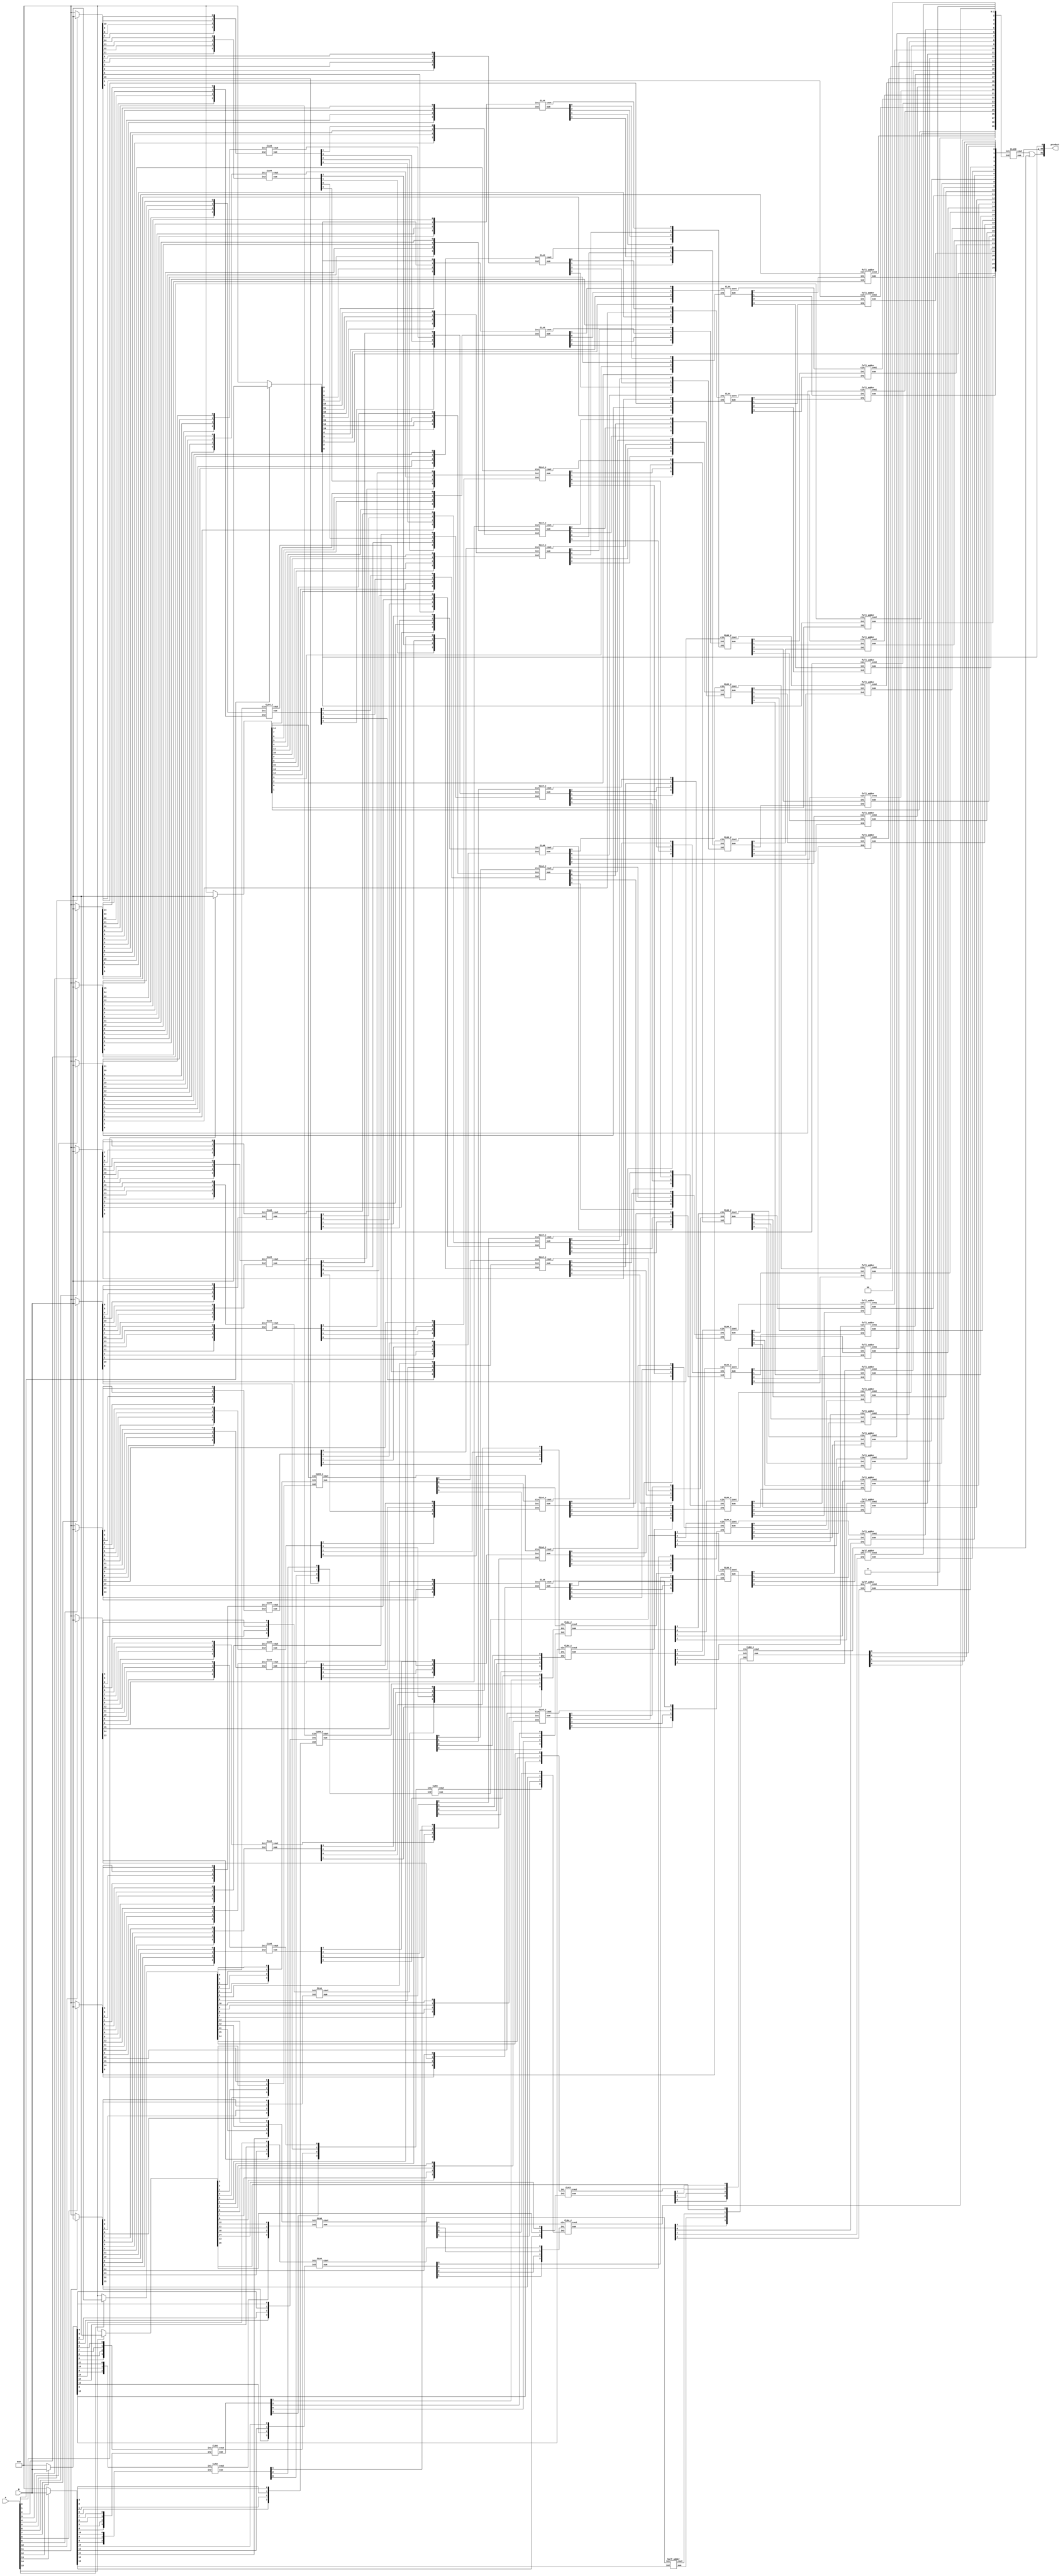
module multiplier_16bits_version1(product, A, B);

    /* This implementation is similar to 16bit dadda with CLA reduction, but
     * uses predefined CLAs
     * Area: 4654.986557
     * Power: 2.9792mW
     * Timing: 2.22
     */
 
    input [15:0] A, B;
    output [31:0] product;

    wire [15:0] pp0, pp1, pp2, pp3, pp4, pp5, pp6, pp7, pp8, pp9, pp10, pp11, pp12, pp13, pp14, pp15;

    assign pp0  = A[0]  ? B : 16'b0000000000000000;
    assign pp1  = A[1]  ? B : 16'b0000000000000000;
    assign pp2  = A[2]  ? B : 16'b0000000000000000;
    assign pp3  = A[3]  ? B : 16'b0000000000000000;
    assign pp4  = A[4]  ? B : 16'b0000000000000000;
    assign pp5  = A[5]  ? B : 16'b0000000000000000;
    assign pp6  = A[6]  ? B : 16'b0000000000000000;
    assign pp7  = A[7]  ? B : 16'b0000000000000000;
    assign pp8  = A[8]  ? B : 16'b0000000000000000;
    assign pp9  = A[9]  ? B : 16'b0000000000000000;
    assign pp10 = A[10] ? B : 16'b0000000000000000;
    assign pp11 = A[11] ? B : 16'b0000000000000000;
    assign pp12 = A[12] ? B : 16'b0000000000000000;
    assign pp13 = A[13] ? B : 16'b0000000000000000;
    assign pp14 = A[14] ? B : 16'b0000000000000000;
    assign pp15 = A[15] ? B : 16'b0000000000000000;

    assign product[0] = pp0[0];

    /* CLA 1 */
    wire [3:0] s1, in1_1, in1_2;
    wire c1;
    assign in1_1 = {pp2[12], pp2[13], pp2[14], pp2[15]};
    assign in1_2 = {pp3[11], pp3[12], pp3[13], pp3[14]};
    CLA4_c CLA01(s1, c1, in1_1, in1_2, pp14[0]);

    /* CLA 2 */
    wire [3:0] s2, in2_1, in2_2;
    wire c2;
    assign in2_1 = {pp4[8], pp4[9], pp4[10], pp4[11]};
    assign in2_2 = {pp5[7], pp5[8], pp5[9],  pp5[10]};
    CLA4 CLA02(s2, c2, in2_1, in2_2);

    wire [3:0] s3, in3_1, in3_2;
    wire c3;
    assign in3_1 = {pp4[12], pp4[13], pp4[14], pp4[15]};
    assign in3_2 = {pp5[11], pp5[12], pp5[13], pp5[14]};
    CLA4 CLA03(s3, c3, in3_1, in3_2);

    wire [3:0] s4, in4_1, in4_2;
    wire c4;
    assign in4_1 = {pp6[4], pp6[5], pp6[6], pp6[7]};
    assign in4_2 = {pp7[3], pp7[4], pp7[5], pp7[6]};
    CLA4 CLA04(s4, c4, in4_1, in4_2);

    wire [3:0] s5, in5_1, in5_2;
    wire c5;
    assign in5_1 = {pp6[8], pp6[9], pp6[10], pp6[11]};
    assign in5_2 = {pp7[7], pp7[8], pp7[9],  pp7[10]};
    CLA4 CLA05(s5, c5, in5_1, in5_2);

    wire [3:0] s6, in6_1, in6_2;
    wire c6;
    assign in6_1 = {pp6[12], pp6[13], pp6[14], pp6[15]};
    assign in6_2 = {pp7[11], pp7[12], pp7[13], pp7[14]};
    CLA4 CLA06(s6, c6, in6_1, in6_2);

    wire [3:0] s7, in7_1, in7_2;
    wire c7;
    assign in7_1 = {pp8[1], pp8[2], pp8[3], pp8[4]};
    assign in7_2 = {pp9[0], pp9[1], pp9[2], pp9[3]};
    CLA4 CLA07(s7, c7, in7_1, in7_2);

    wire [3:0] s8, in8_1, in8_2;
    wire c8;
    assign in8_1 = {pp8[5], pp8[6], pp8[7], pp8[8]};
    assign in8_2 = {pp9[4], pp9[5], pp9[6], pp9[7]};
    CLA4 CLA08(s8, c8, in8_1, in8_2);

    wire [3:0] s9, in9_1, in9_2;
    wire c9;
    assign in9_1 = {pp8[9], pp8[10], pp8[11], pp8[12]};
    assign in9_2 = {pp9[8], pp9[9],  pp9[10], pp9[11]};
    CLA4 CLA09(s9, c9, in9_1, in9_2);

    wire [3:0] sA, inA_1, inA_2;
    wire cA;
    assign inA_1 = {pp10[1], pp10[2], pp10[3], pp10[4]};
    assign inA_2 = {pp11[0], pp11[1], pp11[2], pp11[3]};
    CLA4 CLA0A(sA, cA, inA_1, inA_2);

    wire [3:0] sB, inB_1, inB_2;
    wire cB;
    assign inB_1 = {pp10[5], pp10[6], pp10[7], pp10[8]};
    assign inB_2 = {pp11[4], pp11[5], pp11[6], pp11[7]};
    CLA4 CLA0B(sB, cB, inB_1, inB_2);

    wire [3:0] sC, inC_1, inC_2;
    wire cC;
    assign inC_1 = {pp10[9], pp10[10], pp10[11], pp10[12]};
    assign inC_2 = {pp11[8], pp11[9],  pp11[10], pp11[11]};
    CLA4 CLA0C(sC, cC, inC_1, inC_2);


    wire [3:0] sD, inD_1, inD_2;
    wire cD;
    assign inD_1 = {pp12[1], pp12[2], pp12[3], pp12[4]};
    assign inD_2 = {pp13[0], pp13[1], pp13[2], pp13[3]};
    CLA4_c CLA0D(sD, cD, inD_1, inD_2, pp3[10]);

    wire [3:0] sE, inE_1, inE_2;
    wire cE;
    assign inE_1 = {pp12[5], pp12[6], pp12[7], pp12[8]};
    assign inE_2 = {pp13[4], pp13[5], pp13[6], pp13[7]};
    CLA4 CLA0E(sE, cE, inE_1, inE_2);

    wire [2:0] sF, inF_1, inF_2;
    wire cF;
    assign inF_1 = {pp12[9], pp12[10], pp12[11]};
    assign inF_2 = {pp13[8], pp13[9],  pp13[10]};
    CLA3 CLA0F(sF, cF, inF_1, inF_2);

    wire [3:0] sG, inG_1, inG_2;
    wire cG;
    assign inG_1 = {pp14[1], pp14[2], pp14[3], pp14[4]};
    assign inG_2 = {pp15[0], pp15[1], pp15[2], pp15[3]};
    CLA4_c CLA0G(sG, cG, inG_1, inG_2, pp1[14]);


    /* 2nd Stage */

    wire [3:0] sH, inH_1, inH_2;
    wire cH;
    assign inH_1 = {pp0[5], pp0[6], pp0[7], pp0[8]};
    assign inH_2 = {pp1[4], pp1[5], pp1[6], pp1[7]};
    CLA4 CLA0H(sH, cH, inH_1, inH_2);

    wire [3:0] sI, inI_1, inI_2;
    wire cI;
    assign inI_1 = {pp0[9], pp0[10], pp0[11], pp0[12]};
    assign inI_2 = {pp1[8], pp1[9],  pp1[10], pp1[11]};
    CLA4_c CLA0I(sI, cI, inI_1, inI_2, s7[0]);

    wire [3:0] sJ, inJ_1, inJ_2;
    wire cJ;
    assign inJ_1 = {pp0[13], pp0[14], pp0[15], pp1[15]};
    assign inJ_2 = {pp1[12], pp1[13], s1[1],   s1[2]};
    CLA4_c CLA0J(sJ, cJ, inJ_1, inJ_2, sD[0]);
 
    wire [3:0] sK, inK_1, inK_2;
    wire cK;
    assign inK_1 = {s1[3], c1,    pp14[5], pp14[6]};
    assign inK_2 = {s3[1], s3[2], pp15[4], pp15[5]};
    CLA4_c CLA0K(sK, cK, inK_1, inK_2, sG[2]);

    wire [3:0] sL, inL_1, inL_2;
    wire cL;
    assign inL_1 = {pp14[7], pp14[8], pp14[9], pp14[10]};
    assign inL_2 = {pp15[6], pp15[7], pp15[8], pp15[9]};
    CLA4_c CLA0L(sL, cL, inL_1, inL_2, pp8[13]);


    wire [3:0] sM, inM_1, inM_2;
    wire cM;
    assign inM_1 = {pp2[4], pp2[5], pp2[6], pp2[7]};
    assign inM_2 = {pp3[3], pp3[4], pp3[5], pp3[6]};
    CLA4 CLA0M(sM, cM, inM_1, inM_2);

    wire [3:0] sN, inN_1, inN_2;
    wire cN;
    assign inN_1 = {pp2[8], pp2[9], pp2[10], pp2[11]};
    assign inN_2 = {pp3[7], pp3[8], pp3[9],  s2[1]};
    CLA4_c CLA0N(sN, cN, inN_1, inN_2, pp10[0]);

    wire [3:0] sO, inO_1, inO_2;
    wire cO;
    assign inO_1 = {s1[0], s2[3], c2,    s5[3]};
    assign inO_2 = {s2[2], s5[1], s3[0], c8};
    CLA4_c CLA0O(sO, cO, inO_1, inO_2, sD[1]);

    wire [3:0] sP, inP_1, inP_2;
    wire cP;
    assign inP_1 = {c5,    s3[3], c3,    s6[3]};
    assign inP_2 = {s6[0], s6[1], s6[2], pp9[12]};
    CLA4_c CLA0P(sP, cP, inP_1, inP_2, pp3[15]);


    wire [3:0] sQ, inQ_1, inQ_2;
    wire cQ;
    assign inQ_1 = {pp9[13], pp9[14], pp9[15],  pp10[15]};
    assign inQ_2 = {pp8[14], pp8[15], pp10[14], pp11[14]};
    CLA4 CLA0Q(sQ, cQ, inQ_1, inQ_2);

    wire [3:0] sR, inR_1, inR_2;
    wire cR;
    assign inR_1 = {pp4[3], pp4[4], pp4[5], pp4[6]};
    assign inR_2 = {pp5[2], pp5[3], pp5[4], pp5[5]};
    CLA4 CLA0R(sR, cR, inR_1, inR_2);

    wire [3:0] sS, inS_1, inS_2;
    wire cS;
    assign inS_1 = {pp4[7], s2[0], s4[3], c4};
    assign inS_2 = {pp5[6], s4[2], c7,    s5[0]};
    CLA4_c CLA0S(sS, cS, inS_1, inS_2, sA[0]);

    wire [3:0] sT, inT_1, inT_2;
    wire cT;
    assign inT_1 = {s8[2], s5[2], s9[0], s9[1]};
    assign inT_2 = {cA,    s8[3], sB[2], sB[3]};
    CLA4_c CLA0T(sT, cT, inT_1, inT_2, sG[0]);

    wire [3:0] sU, inU_1, inU_2;
    wire cU;
    assign inU_1 = {s9[2], s9[3], c9, sC[3]};
    assign inU_2 = {cB, sC[1], sC[2], sF[1]};
    CLA4_c CLA0U(sU, cU, inU_1, inU_2, cG);

    wire [3:0] sV, inV_1, inV_2;
    wire cV;
    assign inV_1 = {pp10[13], pp11[13], pp12[13], pp12[14]};
    assign inV_2 = {pp11[12], pp12[12], pp13[12], pp13[13]};
    CLA4 CLA0V(sV, cV, inV_1, inV_2);


    wire [3:0] sW, inW_1, inW_2;
    wire cW;
    assign inW_1 = {pp6[2], pp6[3], s4[0], s4[1]};
    assign inW_2 = {pp7[1], pp7[2], s7[1], s7[2]};
    CLA4 CLA0W(sW, cW, inW_1, inW_2);


    wire [3:0] sX, inX_1, inX_2;
    wire cX;
    assign inX_1 = {s7[3], s8[0], s8[1], sB[0]};
    assign inX_2 = {sA[1], sA[2], sA[3], sD[2]};
    CLA4_c CLA0X(sX, cX, inX_1, inX_2, pp12[0]);


    wire [3:0] sY, inY_1, inY_2;
    wire cY;
    assign inY_1 = {sB[1], cD, sE[1], sC[0]};
    assign inY_2 = {sD[3], sE[0], sG[3], sE[2]};
    CLA4_c CLA0Y(sY, cY, inY_1, inY_2, sG[1]);

    wire [3:0] sZ, inZ_1, inZ_2;
    wire cZ;
    assign inZ_1 = {sE[3], cE, pp7[15], cC};
    assign inZ_2 = {pp5[15], sF[0], c6, sF[2]};
    CLA4 CLA0Z(sZ, cZ, inZ_1, inZ_2);

    wire [3:0] s11, in11_1, in11_2;
    wire c11;
    assign in11_1 = {pp13[11], pp14[11], pp14[12], pp14[13]};
    assign in11_2 = {cF,       pp15[10], pp15[11], pp15[12]};
    CLA4 CLA11(s11, c11, in11_1, in11_2);

    /* 2nd Stage */
    wire [3:0] s12, in12_1, in12_2;
    wire c12;
    assign in12_1 = {pp0[3], pp0[4], sH[0], sH[1]};
    assign in12_2 = {pp1[2], pp1[3], pp2[3], sM[0]};
    CLA4 CLA12(s12, c12, in12_1, in12_2);


    wire [3:0] s13, in13_1, in13_2;
    wire c13;
    assign in13_1 = {sH[2], sH[3], cH,    sI[1]};
    assign in13_2 = {sM[1], sM[2], sI[0], cM};
    CLA4_c CLA13(s13, c13, in13_1, in13_2, pp7[0]);

    wire [3:0] s14, in14_1, in14_2;
    wire c14;
    assign in14_1 = {sI[2], sI[3], cI,    sJ[1]};
    assign in14_2 = {sN[1], sN[2], sJ[0], cN};
    CLA4_c CLA14(s14, c14, in14_1, in14_2, sW[3]);

    wire [3:0] s15, in15_1, in15_2;
    wire c15;
    assign in15_1 = {sJ[2], sJ[3], cJ,    sK[1]};
    assign in15_2 = {sO[1], sO[2], sK[0], cO};
    CLA4_c CLA15(s15, c15, in15_1, in15_2, sX[3]);

    wire [3:0] s16, in16_1, in16_2;
    wire c16;
    assign in16_1 = {sK[2], sK[3], cK,    sL[1]};
    assign in16_2 = {sP[1], sP[2], sL[0], cP};
    CLA4_c CLA16(s16, c16, in16_1, in16_2, sY[3]);

    wire [3:0] s17, in17_1, in17_2;
    wire c17;
    assign in17_1 = {sL[2], sL[3], cL,    cQ};
    assign in17_2 = {sQ[1], sQ[2], sQ[3], sV[3]};
    CLA4_c CLA17(s17, c17, in17_1, in17_2, sZ[3]);

    wire [3:0] s18, in18_1, in18_2;
    wire c18;
    assign in18_1 = {pp2[2], pp3[2], pp4[2], sR[0]};
    assign in18_2 = {pp3[1], pp4[1], pp5[1], pp6[1]};
    CLA4 CLA18(s18, c18, in18_1, in18_2);

    wire [3:0] s19, in19_1, in19_2;
    wire c19;
    assign in19_1 = {sR[1], sM[3], sN[0], cR};
    assign in19_2 = {sW[0], sR[2], sR[3], sS[0]};
    CLA4_c CLA19(s19, c19, in19_1, in19_2, pp8[0]);

    wire [3:0] s20, in20_1, in20_2;
    wire c20;
    assign in20_1 = {sS[1], sN[3], sO[0], cS};
    assign in20_2 = {cW,    sS[2], sS[3], sT[0]};
    CLA4_c CLA20(s20, c20, in20_1, in20_2, sX[0]);

    wire [3:0] s21, in21_1, in21_2;
    wire c21;
    assign in21_1 = {sT[1], sO[3], sP[0], cT};
    assign in21_2 = {cX,    sT[2], sT[3], sU[0]};
    CLA4_c CLA21(s21, c21, in21_1, in21_2, sY[0]);


    wire [3:0] s22, in22_1, in22_2;
    wire c22;
    assign in22_1 = {sU[1], sP[3], sQ[0], cU};
    assign in22_2 = {cY,    sU[2], sU[3], sV[0]};
    CLA4_c CLA22(s22, c22, in22_1, in22_2, sZ[0]);


    wire [3:0] s23, in23_1, in23_2;
    wire c23;
    assign in23_1 = {sV[1], sV[2],  s11[2], cV};
    assign in23_2 = {cZ,    s11[1], pp11[15], s11[3]};
    CLA4_c CLA23(s23, c23, in23_1, in23_2, s11[0]);


    wire [2:0] s24, in24_1, in24_2;
    wire c24;
    assign in24_1 = {pp12[15], pp14[14], pp14[15]};
    assign in24_2 = {pp13[14], pp15[13], pp15[14]};
    CLA3 CLA24(s24, c24, in24_1, in24_2);

    half_adder HA01(s25, c25, c11, pp13[15]);

    /* 3rd Stage */
    full_adder fa01(s31, c31, pp0[2], pp1[1], pp2[0]);
    full_adder fa02(s32, c32, s12[0], pp2[1], pp3[0]);
    full_adder fa03(s33, c33, s12[1], s18[0], pp4[0]);
    full_adder fa04(s34, c34, s12[2], s18[1], pp5[0]);
    full_adder fa05(s35, c35, s12[3], s18[2], pp6[0]);
    full_adder fa06(s36, c36, s13[0], s18[3], c12);
    full_adder fa07(s37, c37, s13[1], s19[0], c18);
    full_adder fa08(s38, c38, s13[2], s19[1], sW[1]);
    full_adder fa09(s39, c39, s13[3], s19[2], sW[2]);
    full_adder fa10(s40, c40, s14[0], s19[3], c13);
    full_adder fa11(s41, c41, s14[1], s20[0], c19);
    full_adder fa12(s42, c42, s14[2], s20[1], sX[1]);
    full_adder fa13(s43, c43, s14[3], s20[2], sX[2]);
    full_adder fa14(s44, c44, s15[0], s20[3], c14);
    full_adder fa15(s45, c45, s15[1], s21[0], c20);
    full_adder fa16(s46, c46, s15[2], s21[1], sY[1]);
    full_adder fa17(s47, c47, s15[3], s21[2], sY[2]);
    full_adder fa18(s48, c48, s16[0], s21[3], c15);
    full_adder fa19(s49, c49, s16[1], s22[0], c21);
    full_adder fa20(s50, c50, s16[2], s22[1], sZ[1]);
    full_adder fa21(s51, c51, s16[3], s22[2], sZ[2]);
    full_adder fa22(s52, c52, s17[0], s22[3], c16);
    full_adder fa23(s53, c53, s17[1], s23[0], c22);
    half_adder ha02(s54, c54, s17[2], s23[1]);
    half_adder ha03(s55, c55, s17[3], s23[2]);

    wire [3:0] s26, in26_1, in26_2;
    wire c26;
    assign in26_1 = {s24[0], s24[1], s24[2], c24};
    assign in26_2 = {s23[3], s25, c25, pp15[15]};
    CLA4_c CLA26(s26, c26, in26_1, in26_2, c17);


    wire [29:0] s, in_1, in_2;
    wire c;
    assign in_1 = {pp0[1],s31,  s32,s33,s34,s35,s36,s37,s38,s39,s40,s41,s42,s43,s44,s45,s46,s47,s48,s49,s50,s51,s52,s53,s54,s55,s26[0],s26[1],s26[2],s26[3]};
    assign in_2 = {pp1[0],1'b0, c31,c32,c33,c34,c35,c36,c37,c38,c39,c40,c41,c42,c43,c44,c45,c46,c47,c48,c49,c50,c51,c52,c53,c54,c55,   c23,   1'b0,  1'b0};
    CLA30 CLA27(s, c, in_1, in_2);
    assign product[1]  = s[0];
    assign product[2]  = s[1];
    assign product[3]  = s[2];
    assign product[4]  = s[3];
    assign product[5]  = s[4];
    assign product[6]  = s[5];
    assign product[7]  = s[6];
    assign product[8]  = s[7];
    assign product[9]  = s[8];
    assign product[10] = s[9];
    assign product[11] = s[10];
    assign product[12] = s[11];
    assign product[13] = s[12];
    assign product[14] = s[13];
    assign product[15] = s[14];
    assign product[16] = s[15];
    assign product[17] = s[16];
    assign product[18] = s[17];
    assign product[19] = s[18];
    assign product[20] = s[19];
    assign product[21] = s[20];
    assign product[22] = s[21];
    assign product[23] = s[22];
    assign product[24] = s[23];
    assign product[25] = s[24];
    assign product[26] = s[25];
    assign product[27] = s[26];
    assign product[28] = s[27];
    assign product[29] = s[28];
    assign product[30] = s[29];
    or(product[31], c, c26);
endmodule


module CLA30(output [29:0] sum,
             output cout,
             input [29:0] in1, in2);

    wire [29:0] G;
    wire [29:0] P;
    wire [29:0] C;

    assign G[0]  = in1[29] & in2[29];
    assign G[1]  = in1[28] & in2[28];
    assign G[2]  = in1[27] & in2[27];
    assign G[3]  = in1[26] & in2[26];
    assign G[4]  = in1[25] & in2[25];
    assign G[5]  = in1[24] & in2[24];
    assign G[6]  = in1[23] & in2[23];
    assign G[7]  = in1[22] & in2[22];
    assign G[8]  = in1[21] & in2[21];
    assign G[9]  = in1[20] & in2[20];
    assign G[10] = in1[19] & in2[19];
    assign G[11] = in1[18] & in2[18];
    assign G[12] = in1[17] & in2[17];
    assign G[13] = in1[16] & in2[16];
    assign G[14] = in1[15] & in2[15];
    assign G[15] = in1[14] & in2[14];
    assign G[16] = in1[13] & in2[13];
    assign G[17] = in1[12] & in2[12];
    assign G[18] = in1[11] & in2[11];
    assign G[19] = in1[10] & in2[10];
    assign G[20] = in1[9]  & in2[9];
    assign G[21] = in1[8]  & in2[8];
    assign G[22] = in1[7]  & in2[7];
    assign G[23] = in1[6]  & in2[6];
    assign G[24] = in1[5]  & in2[5];
    assign G[25] = in1[4]  & in2[4];
    assign G[26] = in1[3]  & in2[3];
    assign G[27] = in1[2]  & in2[2];
    assign G[28] = in1[1]  & in2[1];
    assign G[29] = in1[0]  & in2[0];

    assign P[0]  = in1[29] ^ in2[29];
    assign P[1]  = in1[28] ^ in2[28];
    assign P[2]  = in1[27] ^ in2[27];
    assign P[3]  = in1[26] ^ in2[26];
    assign P[4]  = in1[25] ^ in2[25];
    assign P[5]  = in1[24] ^ in2[24];
    assign P[6]  = in1[23] ^ in2[23];
    assign P[7]  = in1[22] ^ in2[22];
    assign P[8]  = in1[21] ^ in2[21];
    assign P[9]  = in1[20] ^ in2[20];
    assign P[10] = in1[19] ^ in2[19];
    assign P[11] = in1[18] ^ in2[18];
    assign P[12] = in1[17] ^ in2[17];
    assign P[13] = in1[16] ^ in2[16];
    assign P[14] = in1[15] ^ in2[15];
    assign P[15] = in1[14] ^ in2[14];
    assign P[16] = in1[13] ^ in2[13];
    assign P[17] = in1[12] ^ in2[12];
    assign P[18] = in1[11] ^ in2[11];
    assign P[19] = in1[10] ^ in2[10];
    assign P[20] = in1[9]  ^ in2[9];
    assign P[21] = in1[8]  ^ in2[8];
    assign P[22] = in1[7]  ^ in2[7];
    assign P[23] = in1[6]  ^ in2[6];
    assign P[24] = in1[5]  ^ in2[5];
    assign P[25] = in1[4]  ^ in2[4];
    assign P[26] = in1[3]  ^ in2[3];
    assign P[27] = in1[2]  ^ in2[2];
    assign P[28] = in1[1]  ^ in2[1];
    assign P[29] = in1[0]  ^ in2[0];

    assign C[0]  = 0;
    assign C[1]  = G[0];
    assign C[2]  = G[1]  | (P[1] & C[1]);
    assign C[3]  = G[2]  | (P[2] & C[2]);
    assign C[4]  = G[3]  | (P[3] & C[3]);
    assign C[5]  = G[4]  | (P[4] & C[4]);
    assign C[6]  = G[5]  | (P[5] & C[5]);
    assign C[7]  = G[6]  | (P[6] & C[6]);
    assign C[8]  = G[7]  | (P[7] & C[7]);
    assign C[9]  = G[8]  | (P[8] & C[8]);
    assign C[10] = G[9]  | (P[9] & C[9]);
    assign C[11] = G[10] | (P[10] & C[10]);
    assign C[12] = G[11] | (P[11] & C[11]);
    assign C[13] = G[12] | (P[12] & C[12]);
    assign C[14] = G[13] | (P[13] & C[13]);
    assign C[15] = G[14] | (P[14] & C[14]);
    assign C[16] = G[15] | (P[15] & C[15]);
    assign C[17] = G[16] | (P[16] & C[16]);
    assign C[18] = G[17] | (P[17] & C[17]);
    assign C[19] = G[18] | (P[18] & C[18]);
    assign C[20] = G[19] | (P[19] & C[19]);
    assign C[21] = G[20] | (P[20] & C[20]);
    assign C[22] = G[21] | (P[21] & C[21]);
    assign C[23] = G[22] | (P[22] & C[22]);
    assign C[24] = G[23] | (P[23] & C[23]);
    assign C[25] = G[24] | (P[24] & C[24]);
    assign C[26] = G[25] | (P[25] & C[25]);
    assign C[27] = G[26] | (P[26] & C[26]);
    assign C[28] = G[27] | (P[27] & C[27]);
    assign C[29] = G[28] | (P[28] & C[28]);
    assign cout  = G[29] | (P[29] & C[29]);
    assign sum = P ^ C;
endmodule

module CLA4(output [3:0] sum,
            output cout,
            input [3:0] in1, in2);

    wire [3:0] G; /* Generate */
    wire [3:0] P; /* Propagate */
    wire [3:0] C; /* Carry */

    assign G[0] = in1[3] & in2[3]; /*Generate    Gi = Ai * Bi */
    assign G[1] = in1[2] & in2[2];
    assign G[2] = in1[1] & in2[1];
    assign G[3] = in1[0] & in2[0];
    assign P[0] = in1[3] ^ in2[3]; /*Propagate   Pi = Ai + Bi */
    assign P[1] = in1[2] ^ in2[2];
    assign P[2] = in1[1] ^ in2[1];
    assign P[3] = in1[0] ^ in2[0];

    assign C[0] = 0;
    assign C[1] = G[0] | (P[0] & C[0]);
    assign C[2] = G[1] | (P[1] & C[1]);
    assign C[3] = G[2] | (P[2] & C[2]);
    assign cout = G[3] | (P[3] & C[3]);
    assign sum = P ^ C;
endmodule

module CLA3(output [2:0] sum,
            output cout,
            input [2:0] in1, in2);

    wire [2:0] G; /* Generate */
    wire [2:0] P; /* Propagate */
    wire [2:0] C; /* Carry */

    assign G[0] = in1[2] & in2[2]; /*Generate    Gi = Ai * Bi */
    assign G[1] = in1[1] & in2[1];
    assign G[2] = in1[0] & in2[0];

    assign P[0] = in1[2] ^ in2[2];
    assign P[1] = in1[1] ^ in2[1];
    assign P[2] = in1[0] ^ in2[0];

    assign C[0] = 0;
    assign C[1] = G[0] | (P[0] & C[0]);
    assign C[2] = G[1] | (P[1] & C[1]);
    assign cout = G[2] | (P[2] & C[2]);
    assign sum = P ^ C;
endmodule

module CLA4_c(output [3:0] sum,
            output cout,
            input [3:0] in1, in2,
            input cin);

    wire [3:0] G; /* Generate */
    wire [3:0] P; /* Propagate */
    wire [3:0] C; /* Carry */

    assign G[0] = in1[3] & in2[3]; /*Generate    Gi = Ai * Bi */
    assign G[1] = in1[2] & in2[2];
    assign G[2] = in1[1] & in2[1];
    assign G[3] = in1[0] & in2[0];
    assign P[0] = in1[3] ^ in2[3]; /*Propagate   Pi = Ai + Bi */
    assign P[1] = in1[2] ^ in2[2];
    assign P[2] = in1[1] ^ in2[1];
    assign P[3] = in1[0] ^ in2[0];

    assign C[0] = cin;
    assign C[1] = G[0] | (P[0] & C[0]);
    assign C[2] = G[1] | (P[1] & C[1]);
    assign C[3] = G[2] | (P[2] & C[2]);
    assign cout = G[3] | (P[3] & C[3]);
    assign sum = P ^ C;
endmodule

module half_adder(output wire sum,
                  output wire cout,
                  input wire in1,
                  input wire in2);
    xor(sum, in1, in2);
    and(cout, in1, in2);
endmodule

module full_adder(output wire sum,
                  output wire cout,
                  input wire in1,
                  input wire in2,
                  input wire cin);
    wire temp1;
    wire temp2;
    wire temp3;
    xor(sum, in1, in2, cin);
    and(temp1,in1,in2);
    and(temp2,in1,cin);
    and(temp3,in2,cin);
    or(cout,temp1,temp2,temp3);
endmodule